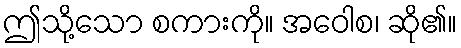
ဤသို့သော စကားကို။ အဝေါစ၊ ဆို၏။